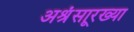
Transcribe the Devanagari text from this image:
अश्रूंसारख्या